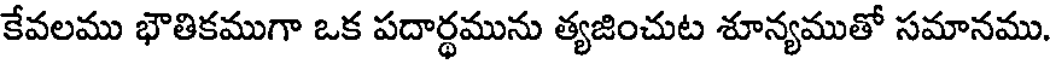
కేవలము భౌతికముగా ఒక పదార్థమును త్యజించుట శూన్యముతో సమానము.